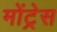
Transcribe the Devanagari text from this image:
मोंट्रेस